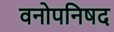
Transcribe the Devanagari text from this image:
वनोपनिषद